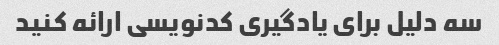
سه دلیل برای یادگیری کدنویسی ارائه کنید